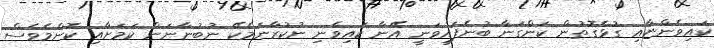
ކައިވެންޏާއި ގުޅެގޮތުން ކަންގަނާ ބުނެފައިވަނީ އޭނާ ކައިވެނި ނުކުރާނަމެކޭ ނުބުނާނަން ކަމަށާއި ކޮންމެވެސް